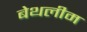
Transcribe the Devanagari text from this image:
बेथलीम